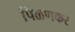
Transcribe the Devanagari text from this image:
पिळणकर